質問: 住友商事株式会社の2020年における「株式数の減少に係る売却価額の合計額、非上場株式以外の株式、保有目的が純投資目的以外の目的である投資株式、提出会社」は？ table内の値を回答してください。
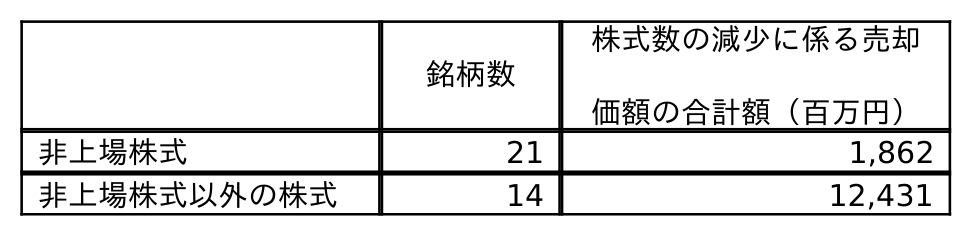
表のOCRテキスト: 銘柄数 株式数の減少に係る売却 価額の合計額（百万円） 非上場株式 21 1,862 非上場株式以外の株式 14 12,431
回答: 12,431